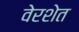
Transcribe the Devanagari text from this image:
वेरशेत